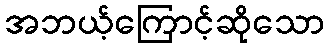
အဘယ့်ကြောင့်ဆိုသော